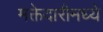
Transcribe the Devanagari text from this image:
मक्तेदारीमध्ये